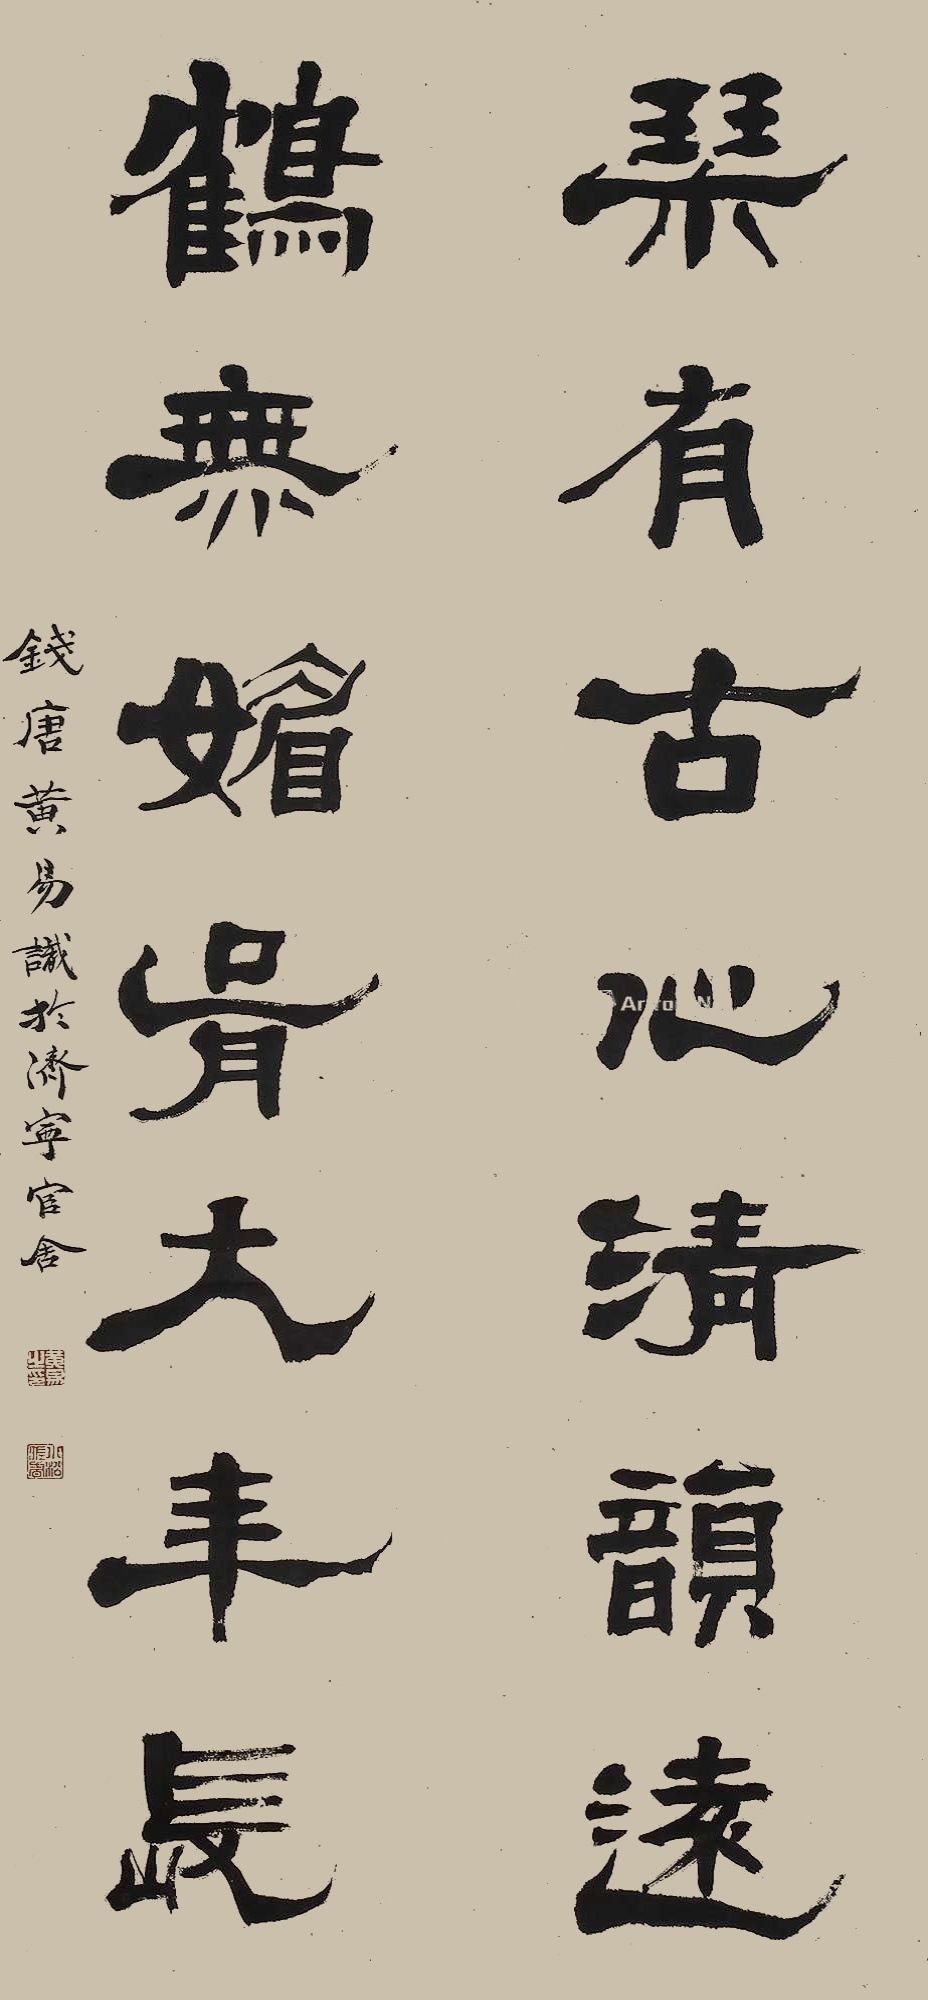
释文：琹有古心清韵远，鹤无媚骨大年长。钱唐黄易识于济宁官舍。